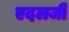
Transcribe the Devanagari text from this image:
एदलजी